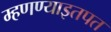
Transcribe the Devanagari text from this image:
म्हणण्याइतपत